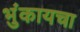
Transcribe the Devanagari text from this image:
भुंकायचा